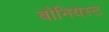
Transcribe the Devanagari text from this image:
बौनियेस्ट